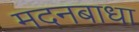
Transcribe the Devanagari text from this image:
मदनबाधा